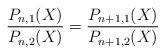
LaTeX: \begin{align*}\frac{P_{n,1}(X)}{P_{n,2}(X)}=\frac{P_{n+1,1}(X)}{P_{n+1,2}(X)}\end{align*}